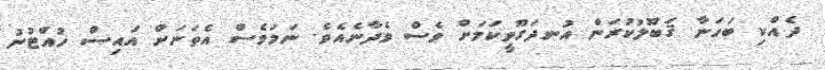
ދެއްކި ބަހަނާ ޤަބޫލުކުރަން އުނދަގޫވީކަމަށް ވެސް ވެދާނެއެވެ. ނަމަވެސް އެތަނަށް އައިސް ހުއްޓުނު